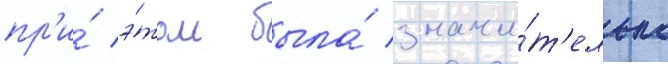
пр'и́ э́том была́ значи́т'ельно